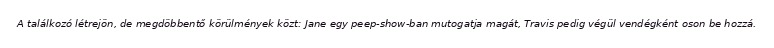
A találkozó létrejön, de megdöbbentő körülmények közt: Jane egy peep-show-ban mutogatja magát, Travis pedig végül vendégként oson be hozzá.